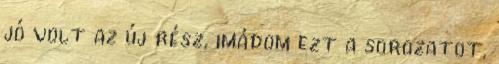
jó volt az új rész, imádom ezt a sorozatot,